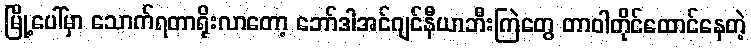
မြို့ပေါ်မှာ သောက်ရတာရိုးလာတော့ ဘော်ဒါအင်ဂျင်နီယာဘီးကြဲတွေ တာဝါတိုင်ထောင်နေတဲ့